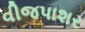
વીજપાશર